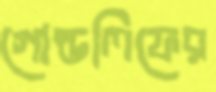
গোল্ডলিফের